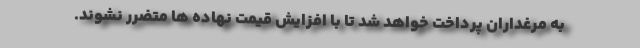
به مرغداران پرداخت خواهد شد تا با افزایش قیمت نهاده ها متضرر نشوند.